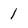
Character: 1